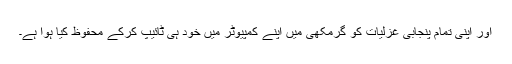
اور اپنی تمام پنجابی غزلیات کو گرمکھی میں اپنے کمپیوٹر میں خود ہی ٹائیپ کرکے محفوظ کِیا ہُوا ہے۔